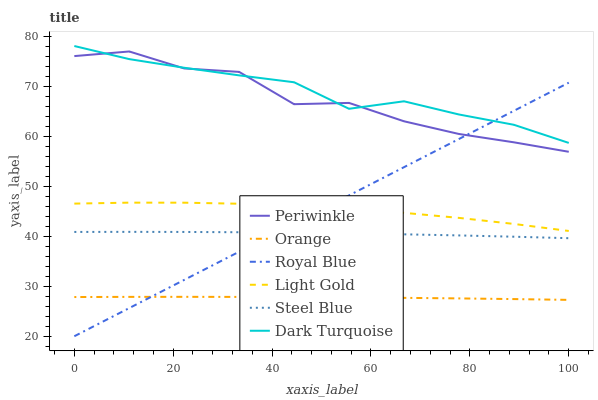
| xaxis_label | Periwinkle | Orange | Royal Blue | Light Gold | Steel Blue | Dark Turquoise |
 | --- | --- | --- | --- | --- | --- | --- |
 | 0 | 76 | 27.8 | 20 | 46.5 | 40.8 | 78 |
 | 11.1 | 76.9 | 27.9 | 25.6 | 46.7 | 40.9 | 75.4 |
 | 22.2 | 73.5 | 27.9 | 31.3 | 46.7 | 40.8 | 73.7 |
 | 33.3 | 72.8 | 27.9 | 36.9 | 46.5 | 40.8 | 72.1 |
 | 44.4 | 66.4 | 27.8 | 42.5 | 46.1 | 40.7 | 70.8 |
 | 55.6 | 66.6 | 27.8 | 48.2 | 45.5 | 40.5 | 65.5 |
 | 66.7 | 63 | 27.7 | 53.8 | 44.7 | 40.4 | 67 |
 | 77.8 | 60.4 | 27.6 | 59.4 | 43.7 | 40.2 | 64.3 |
 | 88.9 | 58.8 | 27.4 | 65 | 42.4 | 39.9 | 62.3 |
 | 100 | 56.9 | 27.3 | 70.7 | 41 | 39.6 | 58.6 |